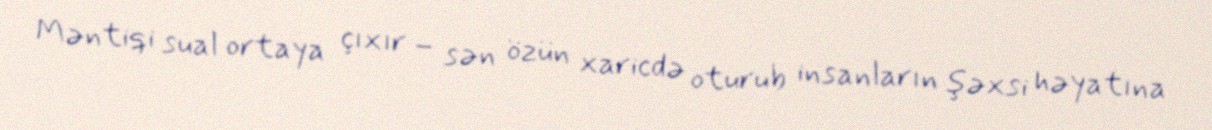
Məntiqi sual ortaya çıxır – sən özün xaricdə oturub insanların şəxsi həyatına